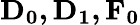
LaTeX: \mathbf{D_{0},D_{1},F_{0}}